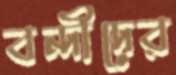
বন্দীদের